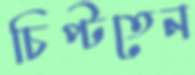
চিপ্‌টতেন